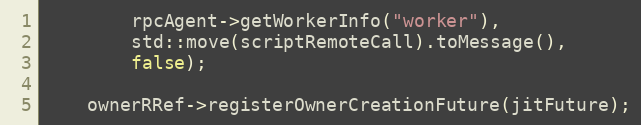
Language: C
        rpcAgent->getWorkerInfo("worker"),
        std::move(scriptRemoteCall).toMessage(),
        false);

    ownerRRef->registerOwnerCreationFuture(jitFuture);